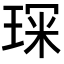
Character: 𭹘